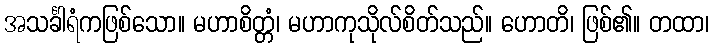
အသင်္ခါရံကဖြစ်သော။ မဟာစိတ္တံ၊ မဟာကုသိုလ်စိတ်သည်။ ဟောတိ၊ ဖြစ်၏။ တထာ၊